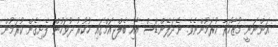
އަންނަނީ މުޒާހަރާ ކުރަމުންނެވެ. ނެދަލޭންޑްސް އާއި ބެލްޖިއަމްގައި ހުކުރު ދުވަހުން ފެށިގެން ކުރަމުން